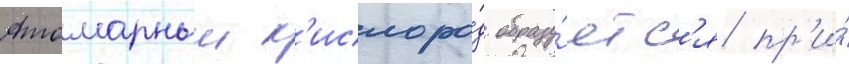
Атомарныи к'ислоро́д образу́етс'я пр'и́